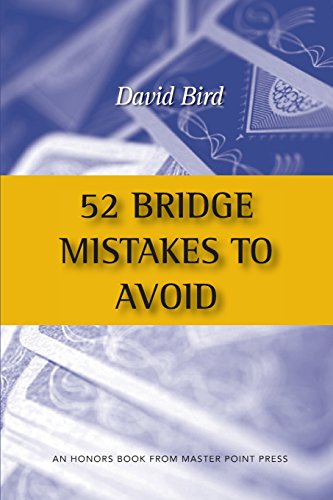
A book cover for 52 Bridge Mistakes to Avoid; David Bird; Humor & Entertainment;